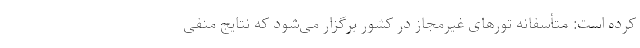
کرده است: متأسفانه تورهای غیرمجاز در کشور برگزار می‌شود که نتایج منفی